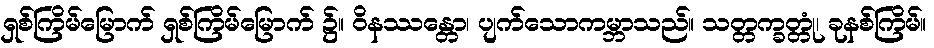
ရှစ်ကြိမ်မြောက် ရှစ်ကြိမ်မြောက် ၌။ ဝိနဿန္တော၊ ပျက်သောကမ္ဘာသည်။ သတ္တက္ခတ္တုံ၊ ခုနစ်ကြိမ်။